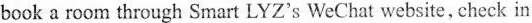
book a room through Smart LYZ's We Chat website, check in